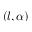
( l , \alpha )